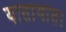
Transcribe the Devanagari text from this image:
यातायात।